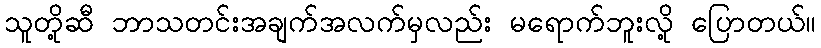
သူတို့ဆီ ဘာသတင်းအချက်အလက်မှလည်း မရောက်ဘူးလို့ ပြောတယ်။